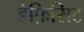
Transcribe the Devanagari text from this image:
डेफ़िसिट